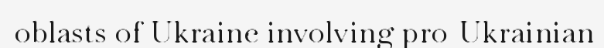
oblasts of Ukraine involving pro-Ukrainian